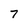
Character: 7